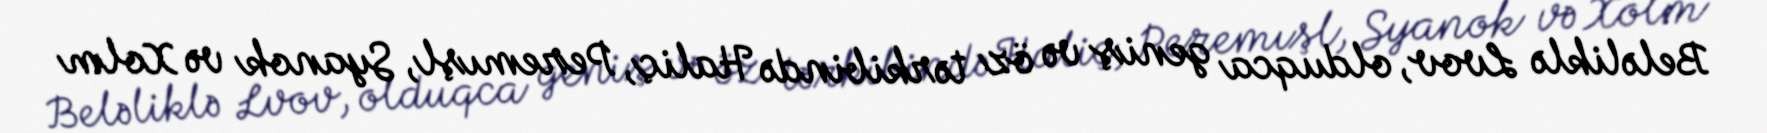
Beləliklə Lvov, olduqca geniş və öz tərkibində Haliç, Peremışl, Syanok və Xolm